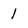
Character: l